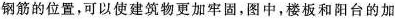
钢筋的位置，可以使建筑物更加牢固，图中，楼板和阳台的加